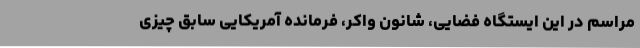
مراسم در این ایستگاه فضایی، شانون واکر، فرمانده آمریکایی سابق چیزی